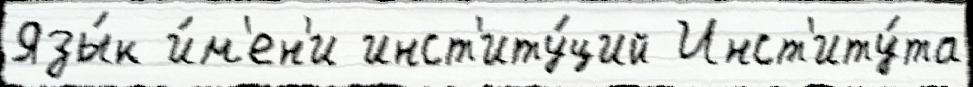
Язы́к и́м'ен'и инст'иту́ций Инст'иту́та